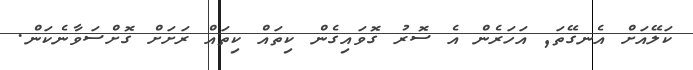
ކަލޭއަށް އެނގޭތަ